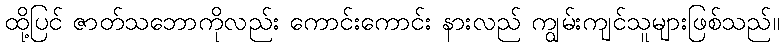
ထို့ပြင် ဇာတ်သဘောကိုလည်း ကောင်းကောင်း နားလည် ကျွမ်းကျင်သူများဖြစ်သည်။